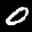
Label: 0